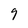
Character: 9